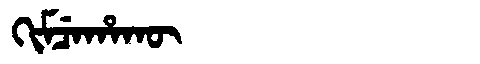
Manchu: ᡴᡳᠮᠴᡝᡥᠠᡴᡡ
Romanization: KIMCEHAKŪ